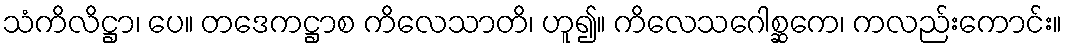
သံကိလိဋ္ဌာ၊ ပေ။ တဒေကဋ္ဌာစ ကိလေသာတိ၊ ဟူ၍။ ကိလေသဂေါစ္ဆကေ၊ ကလည်းကောင်း။